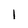
Character: 1